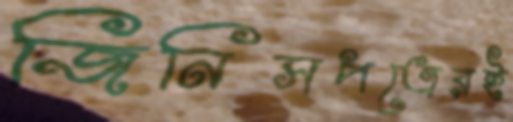
জিনিসপত্রেরই